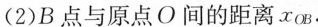
(2)B点与原点O间的距离x_{OB}.